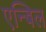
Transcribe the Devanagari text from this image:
एन्बिल